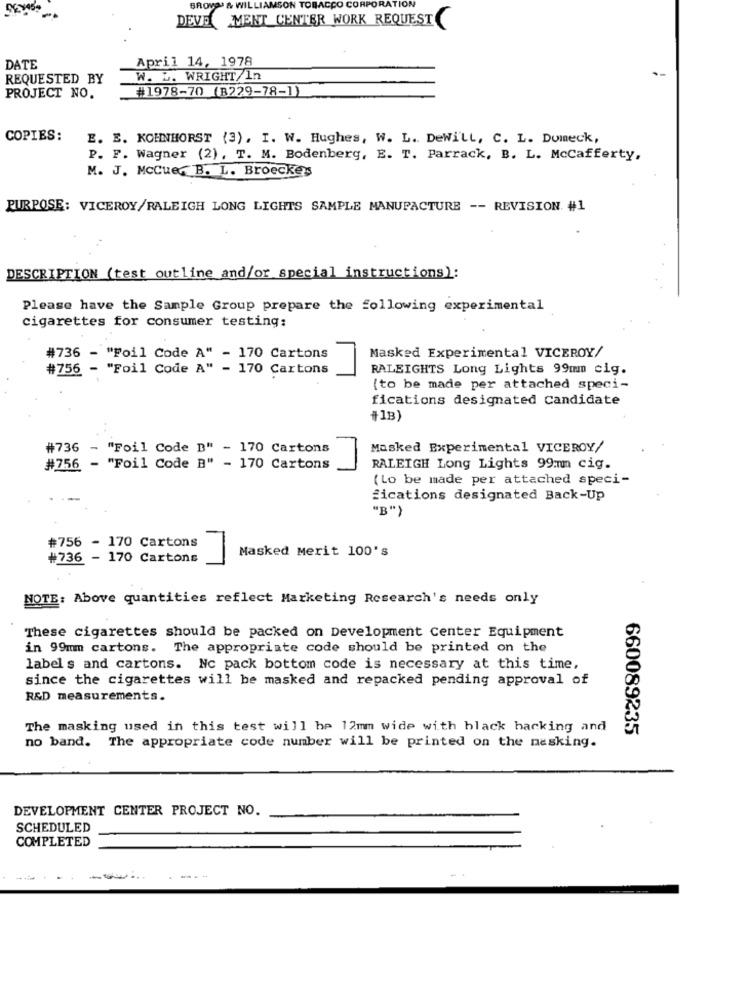
BROVOJ & WILLIAMSON TOBACCO CORPORATION
DEVE MENT CENTER WORK REQUEST
April 14, 1978
DATE
REQUESTED BY
W. L. WRIGHT/In
#1978-70 (B229-78-1)
PROJECT NO.
COPIES:
E. E. KOHNHORST (3), I. W. Hughes, W. L. DeWi'LL, C. L. Dumeck,
P. F. Wagner (2), T. M. Bodenberg, E. T. Parrack, B. L. Mccafferty,
M. J. Mccue, B. L. Broecke
PURPOSE: VICEROY/RALEIGH LONG LIGHTS SAMPLE MANUFACTURE -- REVISION #1
DESCRIPTION (test outline and/or special instructions):
Please have the Sample Group prepare the following experimental
cigarettes for consumer testing:
#736 - "Foil Code A" - 170 Cartons
Masked Experimental VICEROY/
#756 - "Foil Code A" - 170 Cartons
RALEIGHTS Long Lights 99mm cig.
(to be made per attached speci-
fications designated Candidate
#1B)
#736 - "Foil Code D" - 170 Cartons
Masked Experimental VICEROY/
#756 - "Foil Code B" - 170 Cartons
RALEIGH Long Lights 99mmmm cig.
(Lo be made per attached speci-
fications designated Back-Up
"B")
#756 - 170 Cartons
Masked Merit 100's
#736 - 170 Cartons
NOTE: Above quantities reflect Marketing Research's needs only
These cigarettes should be packed on Development Center Equipment
in 99mm cartons. The appropriate code should be printed on the
labels and cartons. Nc pack bottom code is necessary at this time,
since the cigarettes will be masked and repacked pending approval of
R&D measurements.
The masking used in this test will he 12mm wide with black hacking and
660089235
no band. The appropriate code number will be printed on the masking.
DEVELOPMENT CENTER PROJECT NO.
SCHEDULED
COMPLETED
---